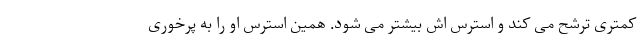
کمتری ترشح می کند و استرس اش بیشتر می شود. همین استرس او را به پرخوری